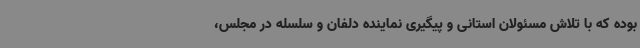
بوده که با تلاش مسئولان استانی و پیگیری نماینده دلفان و سلسله در مجلس،